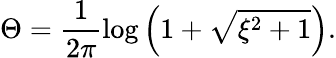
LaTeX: \Theta=\frac{1}{2\pi}\log\left(1+\sqrt{\xi^{2}+1}\right).